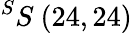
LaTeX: ^{S}S\ (24,24)